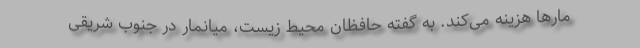
مار‌ها هزینه می‌کند. به گفته حافظان محیط زیست، میانمار در جنوب شریقی